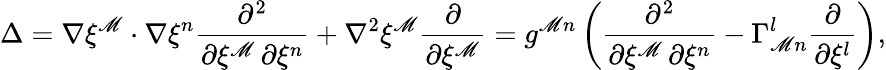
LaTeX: \Delta=\nabla\xi^{\mathscr{M}}\cdot\nabla\xi^{n}{\frac{{\partial^{2}}}{{\partial\xi^{\mathscr{M}}\, \partial\xi^{n}}}}+\nabla^{2}\xi^{\mathscr{M}}{\frac{{\partial}}{{\partial\xi^{\mathscr{M}}}}}=g^{\mathscr{M}n}\left({\frac{{\partial^{2}}}{{\partial\xi^{\mathscr{M}}\, \partial\xi^{n}}}}-\Gamma_{\mathscr{M}n}^{l}{\frac{{\partial}}{{\partial\xi^{l}}}}\right),